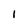
Character: I